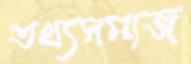
তথ্যসমাজ